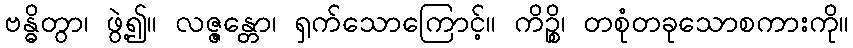
ဗန္ဓိတွာ၊ ဖွဲ့၍။ လဇ္ဇန္တော၊ ရှက်သောကြောင့်။ ကိဉ္စိ၊ တစုံတခုသောစကားကို။